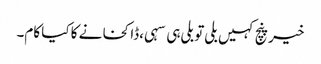
خیر پنچ کہیں بلی تو بلی ہی سہی ،ڈاکخانے کا کیا کام۔